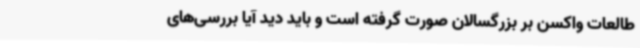
طالعات واکسن بر بزرگسالان صورت گرفته است و باید دید آیا بررسی‌های